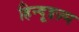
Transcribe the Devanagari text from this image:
हिन्दूइज़्म